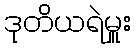
ဒုတိယရဲမှူး